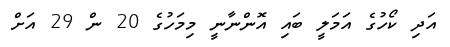
އަދި ކޯހުގެ އަމަލީ ބައި އޮންނާނީ މިމަހުގެ 20 ން 29 އަށް